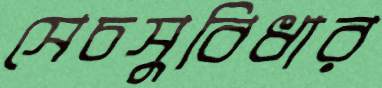
সেচসুবিধার